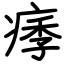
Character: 痵